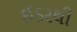
ઈડરથી